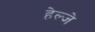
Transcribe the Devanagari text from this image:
हेल्जे